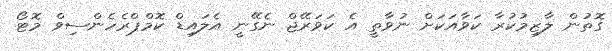
ގޮތުން ލާޒިމުކުރާ ކަވާއަކަށް ނުވާތީ އެ ކަވަރޭޖް ނެގޭނީ އެލައިޑް ކޮމްޕްރެހެންސިވް މޮޓޯ